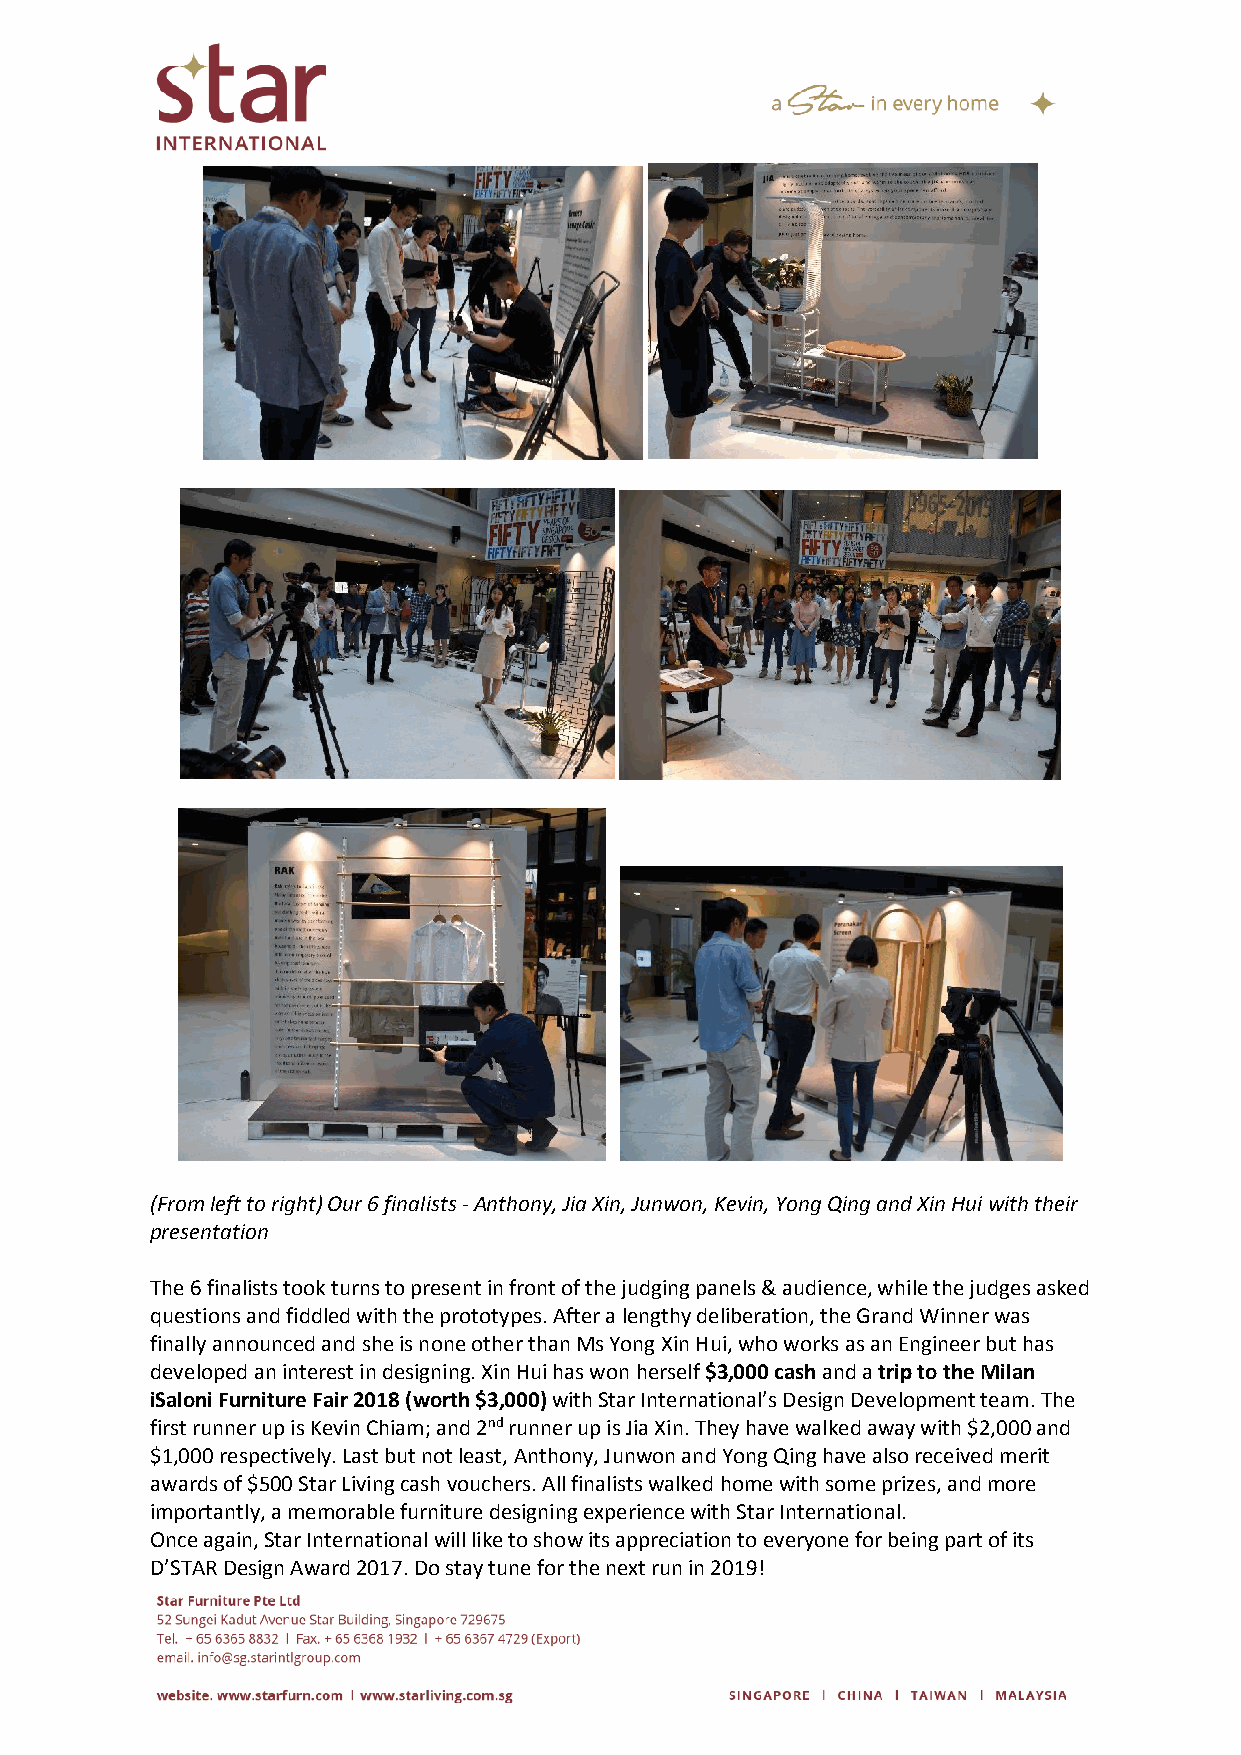
(From left to right) Our 6 finalists - Anthony, Jia Xin, Junwon, Kevin, Yong Qing and Xin Hui with their
 presentation
 The 6 finalists took turns to present in front of the judging panels & audience, while the judges asked
 questions and fiddled with the prototypes. After a lengthy deliberation, the Grand Winner was
 finally announced and she is none other than Ms Yong Xin Hui, who works as an Engineer but has
 developed an interest in designing. Xin Hui has won herself $3,000 cash and a trip to the Milan
 iSaloni Furniture Fair 2018 (worth $3,000) with Star International’s Design Development team. The
 first runner up is Kevin Chiam; and 2nd runner up is Jia Xin. They have walked away with $2,000 and
 $1,000 respectively. Last but not least, Anthony, Junwon and Yong Qing have also received merit
 awards of $500 Star Living cash vouchers. All finalists walked home with some prizes, and more
 importantly, a memorable furniture designing experience with Star International.
 Once again, Star International will like to show its appreciation to everyone for being part of its
 D’STAR Design Award 2017. Do stay tune for the next run in 2019!